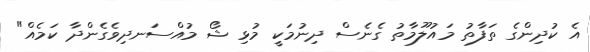
އެ ކުދިންގެ ތަފާތު މައުލޫމާތު ގެނެސް ދިނުމަކީ މުޅި ޝޯ މުއްސަނދިވެގެންދާ ކަމެއް"